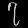
Digit: ၇